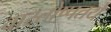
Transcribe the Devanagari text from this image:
वास्तोष्पतये